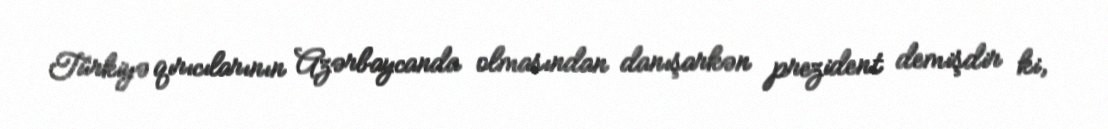
Türkiyə qırıcılarının Azərbaycanda olmasından danışarkən prezident demişdir ki,